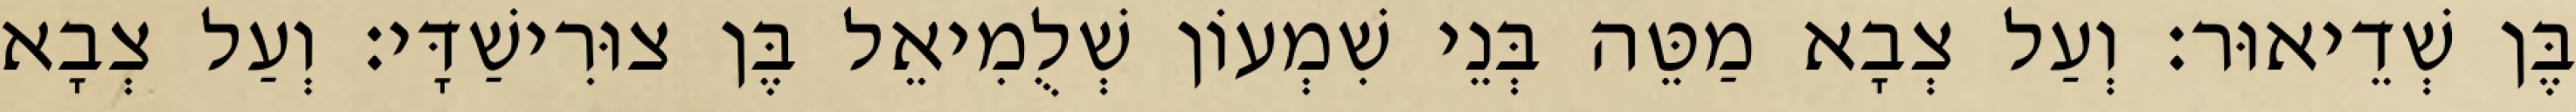
בֶּן שְׁדֵיאוּר׃ וְעַל צְבָא מַטֵּה בְּנֵי שִׁמְעוֹן שְׁלֻמִיאֵל בֶּן צוּרִישַׁדָּי׃ וְעַל צְבָא